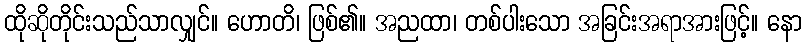
ထိုဆိုတိုင်းသည်သာလျှင်။ ဟောတိ၊ ဖြစ်၏။ အညထာ၊ တစ်ပါးသော အခြင်းအရာအားဖြင့်။ နော